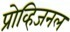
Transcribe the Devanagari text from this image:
प्रोव्हिजनल